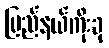
ပြည်နယ်ကိုးခု